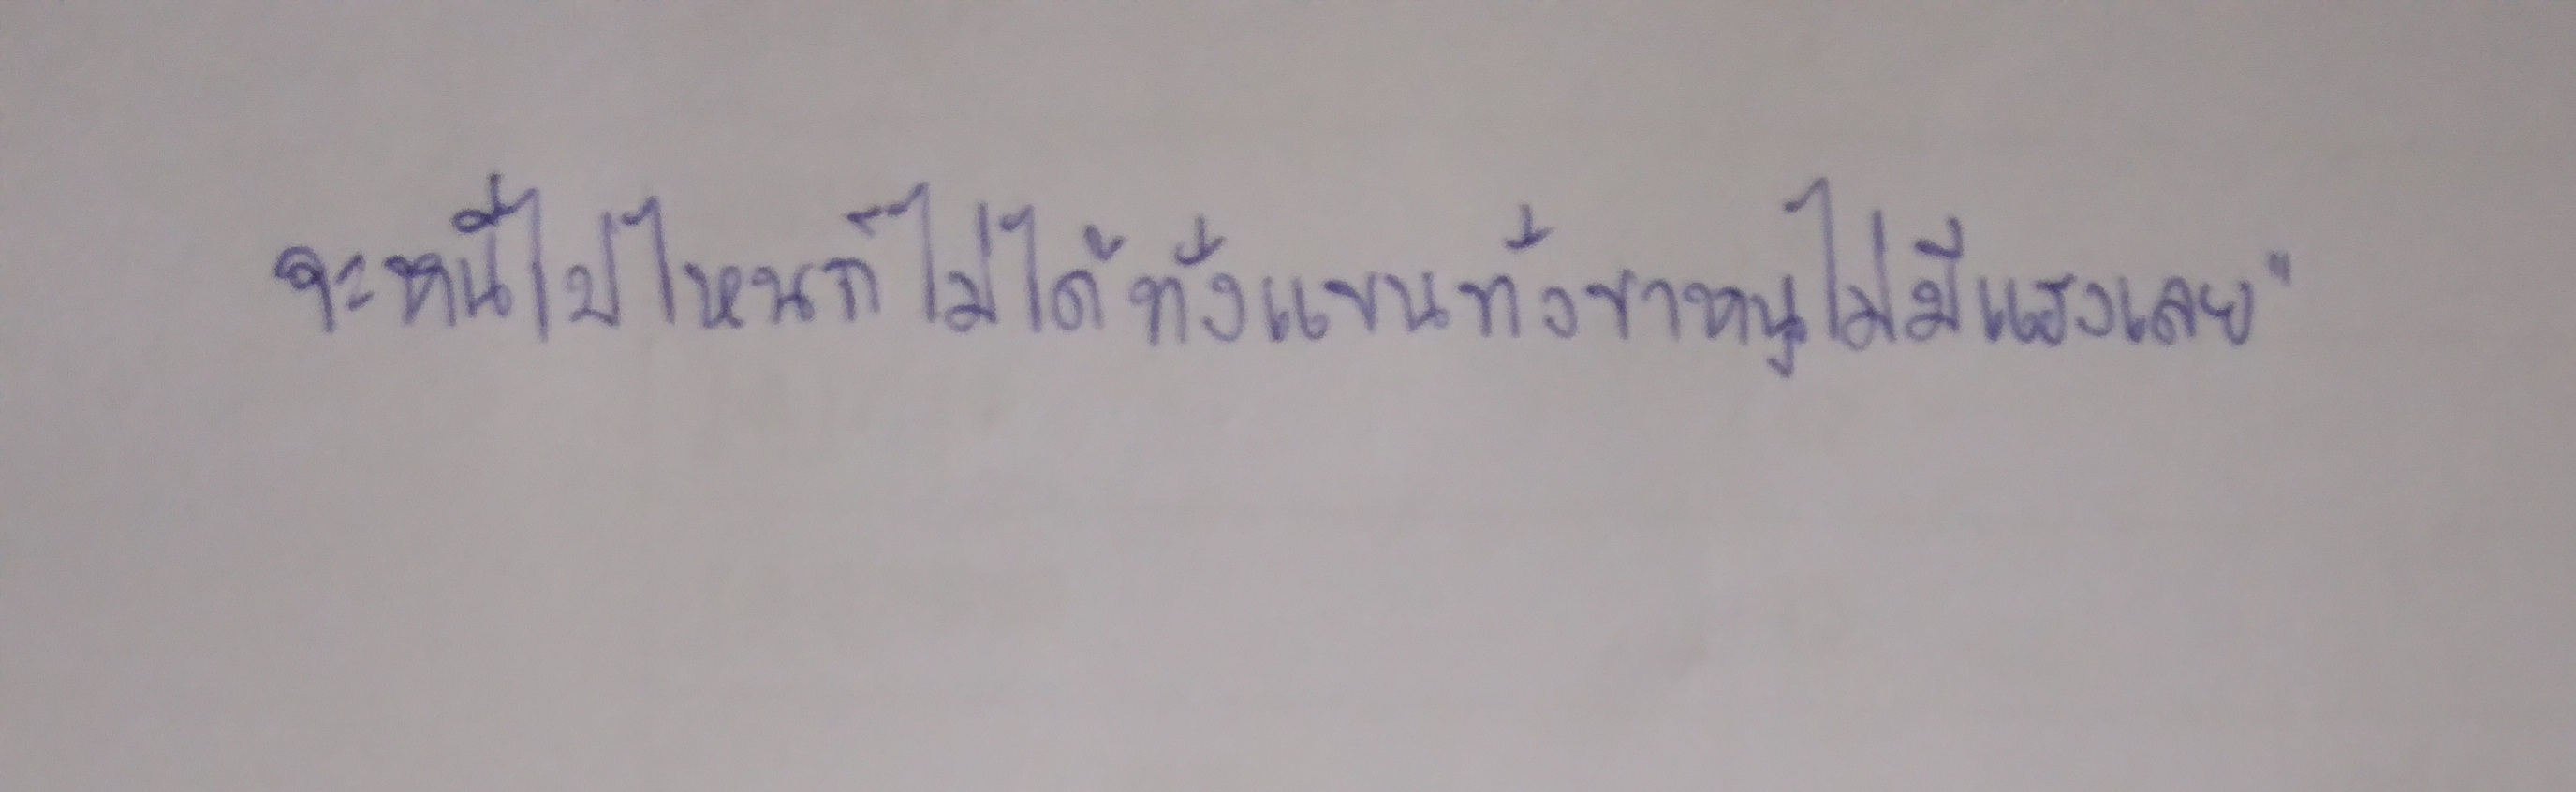
จะหนีไปไหนก็ไม่ได้ทั้งแขนทั้งขาหนูไม่มีแรงเลย"